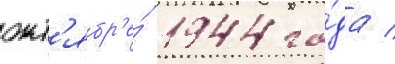
окт'ябр'е́ 1944 го́да /